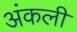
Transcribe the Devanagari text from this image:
अंकली